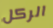
الركل